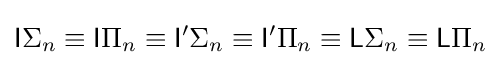
{\mathsf {I}}\Sigma _{n}\equiv {\mathsf {I}}\Pi _{n}\equiv {\mathsf {I}}'\Sigma _{n}\equiv {\mathsf {I}}'\Pi _{n}\equiv {\mathsf {L}}\Sigma _{n}\equiv {\mathsf {L}}\Pi _{n}